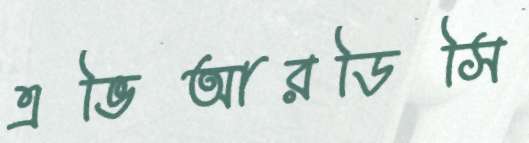
এভিআরডিসি